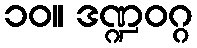
၁၀။ ဒဏ္ဍဝဂ္ဂ